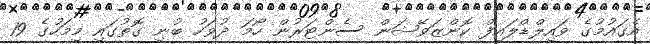
އެގައުމުގެ ވައިލްޑްލައިފް ކޮންޒަވޭޝަން ސެންޓަރުން ހޯމަ ދުވަހު ބުނި ގޮތުގައި މިމަހުގެ 19